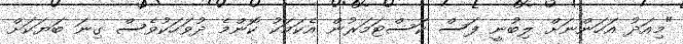
"މިއަދު އަހަންނަށް ލިބުނީ ފަސް ކަސްޓަމަރުން އެކަމަކު ކޮންމެ ދުވަހަކުވެސް ގިނަ ބަޔަކަށް